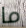
ما